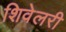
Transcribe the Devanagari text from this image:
शिवेलरी